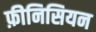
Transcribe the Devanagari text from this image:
फ़ीनिसियन